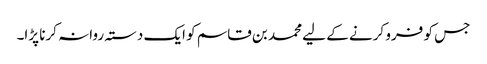
جس کو فرو کرنے کے لیے محمد بن قاسم کو ایک دستہ روانہ کرنا پڑا۔